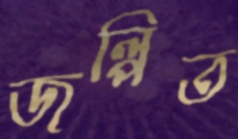
জল্পিত